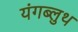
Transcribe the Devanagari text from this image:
यंगब्लुथ